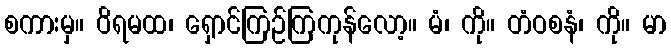
စကားမှ။ ဝိရမထ၊ ရှောင်ကြဉ်ကြကုန်လော့။ မံ၊ ကို။ တံဝစနံ၊ ကို။ မာ